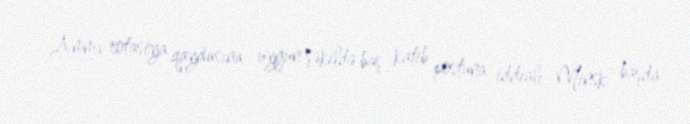
Amma rotasiya qaydasına uyğun şəkildə baş katib postuna iddialı Minsk başda